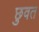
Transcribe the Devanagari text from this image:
छुवत